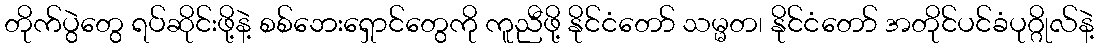
တိုက်ပွဲတွေ ရပ်ဆိုင်းဖို့နဲ့ စစ်ဘေးရှောင်တွေကို ကူညီဖို့ နိုင်ငံတော် သမ္မတ၊ နိုင်ငံတော် အတိုင်ပင်ခံပုဂ္ဂိုလ်နဲ့